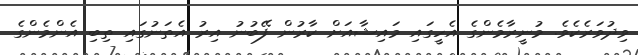
ވިދުވަރެކެވެ. މުނީރާމެންގެ އެހީގައި މައިޝާއަށް ކާރުން ފޭބުނު އިރު އެތަނުގައި ތިބި އެންމެންގެ